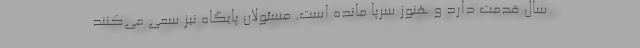
سال قدمت دارد و هنوز سرپا مانده است. مسئولان پایگاه نیز سعی می‌کنند